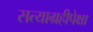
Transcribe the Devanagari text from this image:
सत्याग्रहीपेक्षा